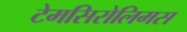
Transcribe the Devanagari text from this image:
टेमसिरोलिमस